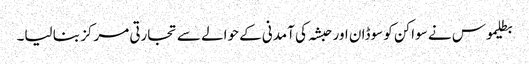
بطلیموس نے سواکن کو سوڈان اور حبشہ کی آمدنی کے حوالے سے تجارتی مرکز بنا لیا۔